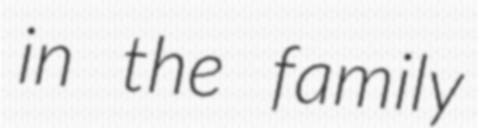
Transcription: in the family